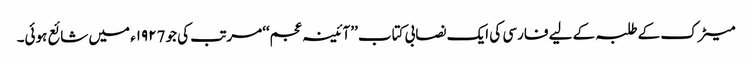
میٹرک کے طلبہ کے لیے فارسی کی ایک نصابی کتاب ’’آئینہ عجم‘‘مرتب کی جو ١٩٢7ء میں شائع ہوئی۔